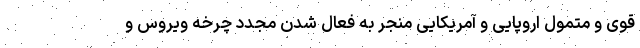
قوی و متمول اروپایی و آمریکایی منجر به فعال شدن مجدد چرخه ویروس و